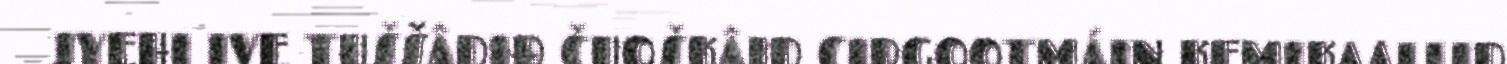
JYEHI IVE TUŠŠÂDIĐ ČUOŠKÂID CIRGOOTMÁIN KEMIKAALIJD